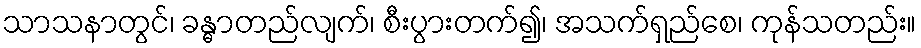
သာသနာတွင်၊ ခန္ဓာတည်လျက်၊ စီးပွားတက်၍၊ အသက်ရှည်စေ၊ ကုန်သတည်း။